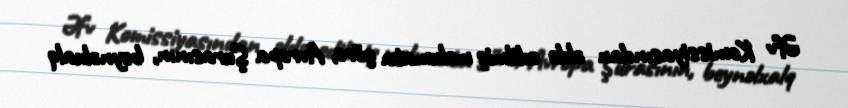
Əfv Komissiyasından əldə edilmiş məlumata görə, Avropa Şurasının, beynəlxalq